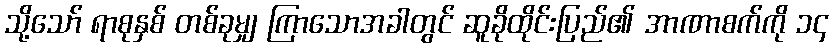
သို့သော် ရာစုနှစ် တစ်ခုမျှ ကြာသောအခါတွင် ဆူခိုထိုင်းပြည်၏ အာဏာစက်ကို ၁၄